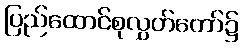
ပြည်ထောင်စုလွှတ်တော်၌